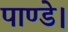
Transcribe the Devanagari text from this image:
पाण्डे।